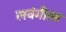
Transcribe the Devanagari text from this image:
लवंगीला